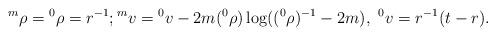
LaTeX: \begin{align*} {}^m\rho={}^0\rho=r^{-1}; {}^m v={}^0 v-2 m({}^0\rho)\log(({}^0\rho)^{-1}-2 m),\ {}^0 v=r^{-1}(t-r).\end{align*}